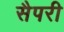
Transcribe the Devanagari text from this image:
सैपरी